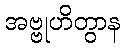
အဗ္ဗုဟိတွာန